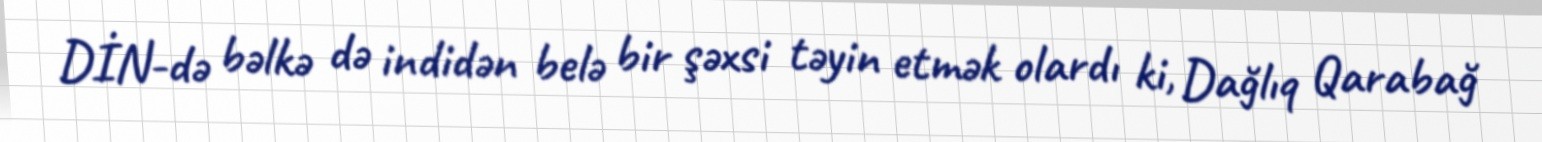
DİN-də bəlkə də indidən belə bir şəxsi təyin etmək olardı ki, Dağlıq Qarabağ